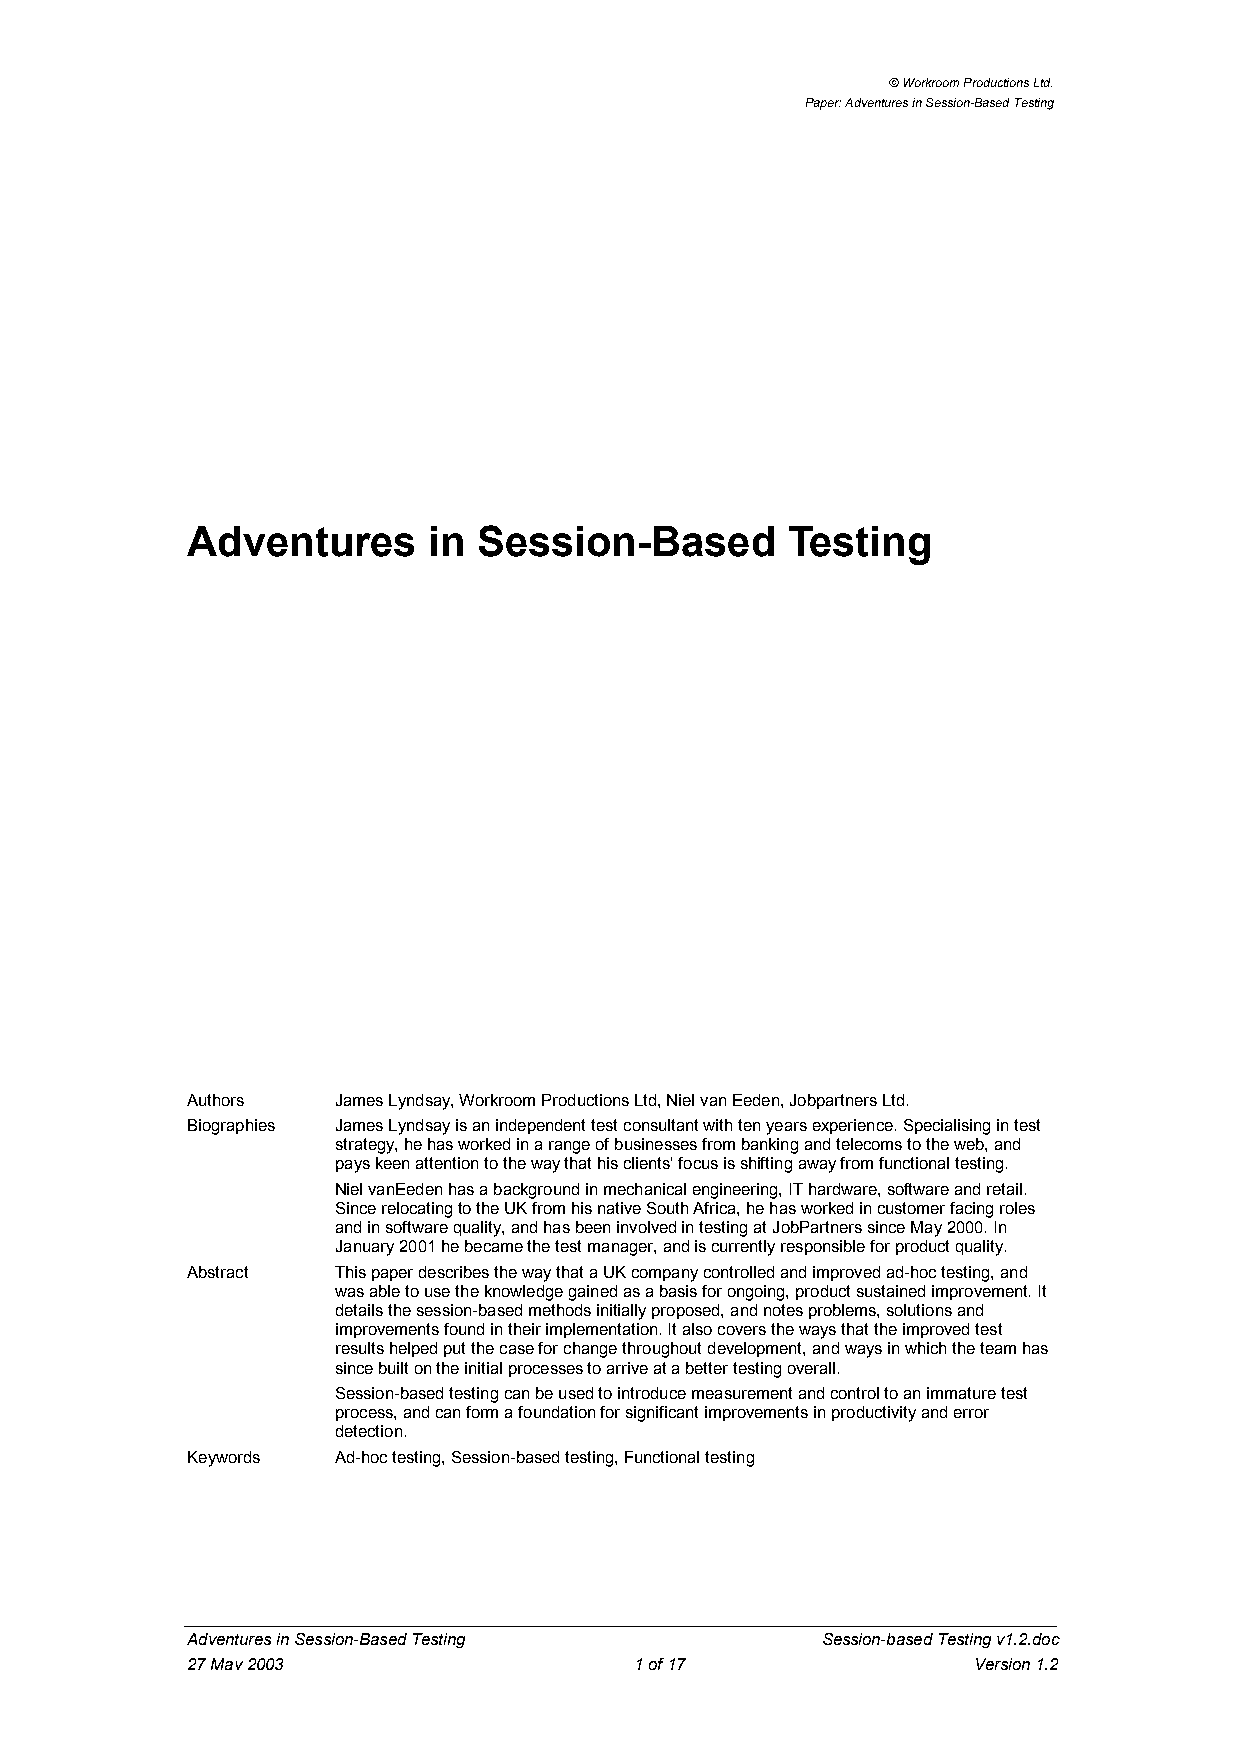
© Workroom Productions Ltd.
 Paper: Adventures in Session-Based Testing
 Adventures      in  Session-Based       Testing
 Authors   James Lyndsay, Workroom Productions Ltd, Niel van Eeden, Jobpartners Ltd.
 Biographies James Lyndsay is an independent test consultant with ten years experience. Specialising in test
 strategy, he has worked in a range of businesses from banking and telecoms to the web, and
 pays keen attention to the way that his clients' focus is shifting away from functional testing.
 Niel vanEeden has a background in mechanical engineering, IT hardware, software and retail.
 Since relocating to the UK from his native South Africa, he has worked in customer facing roles
 and in software quality, and has been involved in testing at JobPartners since May 2000. In
 January 2001 he became the test manager, and is currently responsible for product quality.
 Abstract  This paper describes the way that a UK company controlled and improved ad-hoc testing, and
 was able to use the knowledge gained as a basis for ongoing, product sustained improvement. It
 details the session-based methods initially proposed, and notes problems, solutions and
 improvements found in their implementation. It also covers the ways that the improved test
 results helped put the case for change throughout development, and ways in which the team has
 since built on the initial processes to arrive at a better testing overall.
 Session-based testing can be used to introduce measurement and control to an immature test
 process, and can form a foundation for significant improvements in productivity and error
 detection.
 Keywords  Ad-hoc testing, Session-based testing, Functional testing
 Adventures in Session-Based Testing       Session-based Testing v1.2.doc
 27 May 2003                   1 of 17               Version 1.2